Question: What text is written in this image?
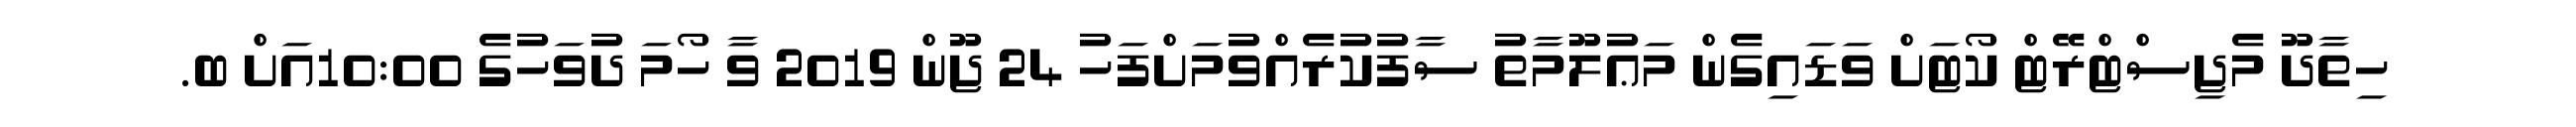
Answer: ހިތާދޫ މެޖިސްޓްރޭޓް ކޯޓަށް ވަޑައިގެން މަޢުލޫމާތު ސާފުކުރެއްވުމަށްފަހު 24 ޖޫން 2019 ވާ ހޯމަ ދުވަހުގެ 10:00އަށް ބ.